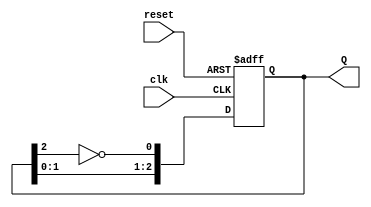
module JohnsonCounter #(parameter N = 3) (
    input wire clk,          // Clock input
    input wire reset,        // Asynchronous reset
    output reg [N-1:0] Q     // Output state of the counter
);

    // Always block triggered on the rising edge of the clock or on reset
    always @(posedge clk or posedge reset) begin
        if (reset) begin
            Q <= 0; // Initialize the counter to 0 on reset
        end else begin
            // Shift the state and feed back the inverted last flip-flop output
            Q <= {Q[N-2:0], ~Q[N-1]};
        end
    end

endmodule